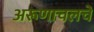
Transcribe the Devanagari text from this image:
अरूणाचलचे